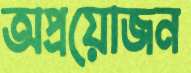
অপ্রয়োজন